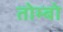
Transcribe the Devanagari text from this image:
तोम्बो